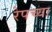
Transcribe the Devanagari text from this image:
रेपच्या